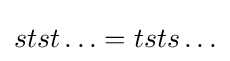
stst\ldots =tsts\ldots